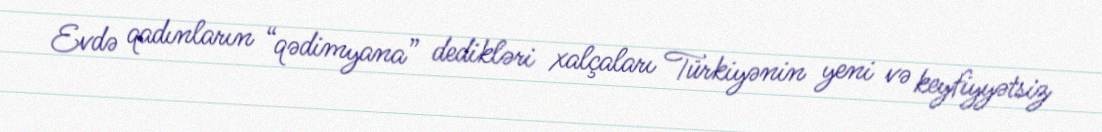
Evdə qadınların “qədimyana” dedikləri xalçaları Türkiyənin yeni və keyfiyyətsiz